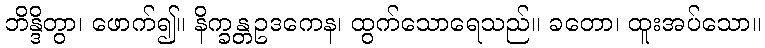
ဘိန္ဒိတွာ၊ ဖောက်၍။ နိက္ခန္တဥဒကေန၊ ထွက်သောရေသည်။ ခတော၊ ထူးအပ်သော။